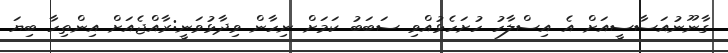
ގާނޫނުއަސާސީއަށް އެ އިސްލާހު ހުށަހެޅުއްވި ސަބަބު ކަމަށް ނިހާން ވިދާޅުވަނީ:ރާއްޖެއަށް އިންތިހާ ބިޔަ